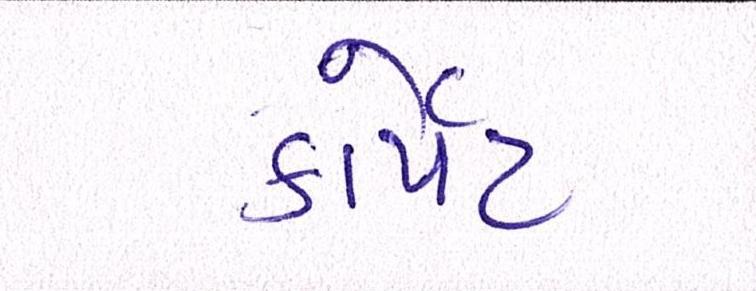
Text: કાર્પેટ